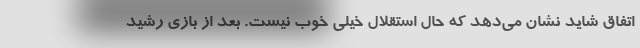
اتفاق شاید نشان می‌دهد که حال استقلال خیلی خوب نیست. بعد از بازی رشید